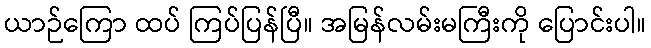
ယာဉ်ကြော ထပ် ကြပ်ပြန်ပြီ။ အမြန်လမ်းမကြီးကို ပြောင်းပါ။